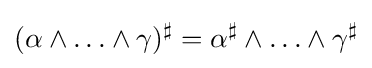
(\alpha \wedge \ldots \wedge \gamma )^{\sharp }=\alpha ^{\sharp }\wedge \ldots \wedge \gamma ^{\sharp }